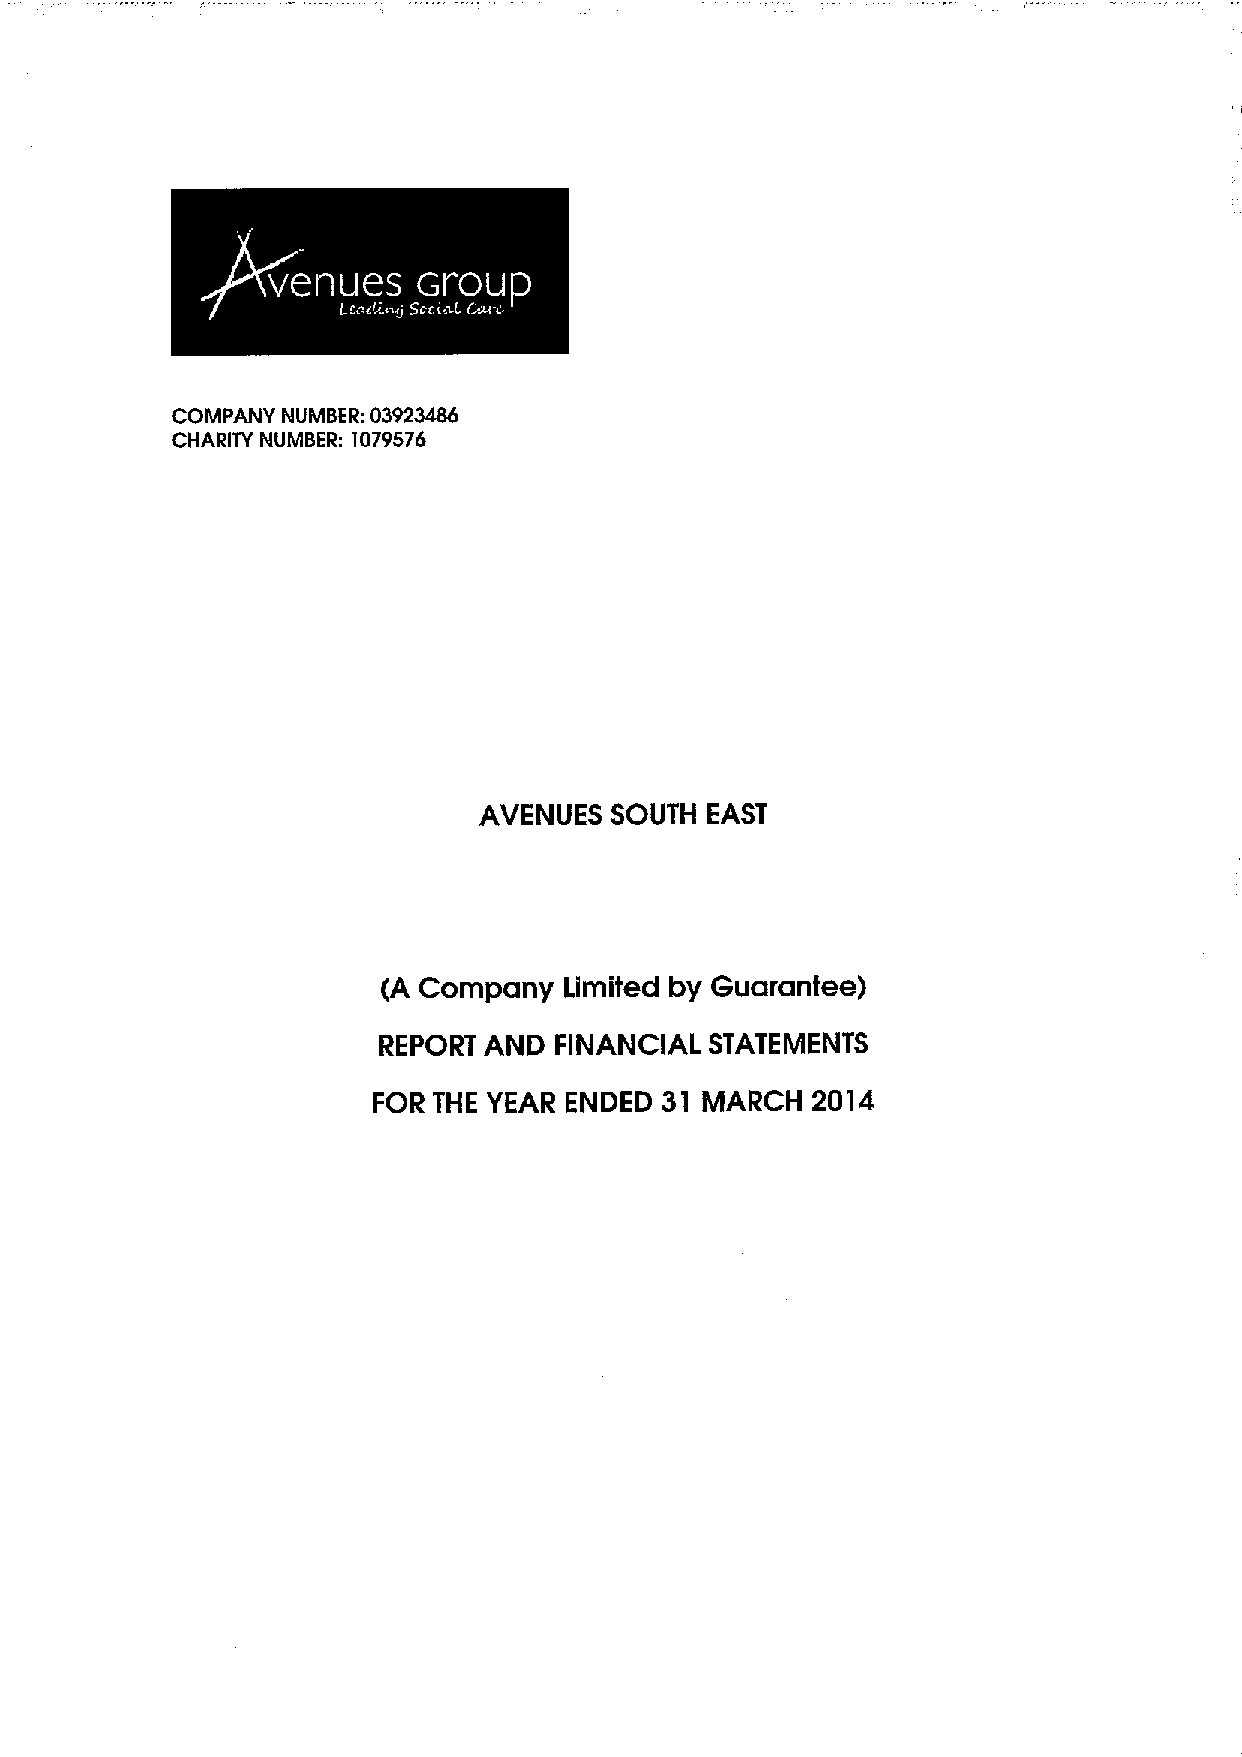
COMPANY NUMBER: 03923486
 CHARlrY NUMBER: 1079576
 AVENUES SOUTH  EAST
 (A Company  Limited by Guarantee)
 REPORT AND  FINANCIAL STATEMENTS
 FOR THE YEAR ENDED 31 MARCH  2014